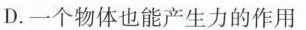
D.一个物体也能产生力的作用